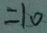
= 1 0